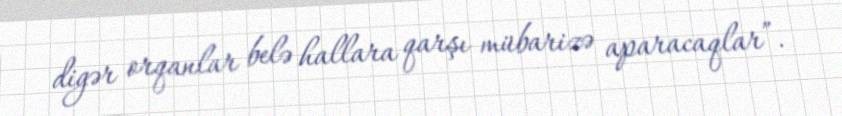
digər orqanlar belə hallara qarşı mübarizə aparacaqlar”.